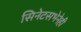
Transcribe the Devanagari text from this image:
सिनेटसभेनेही